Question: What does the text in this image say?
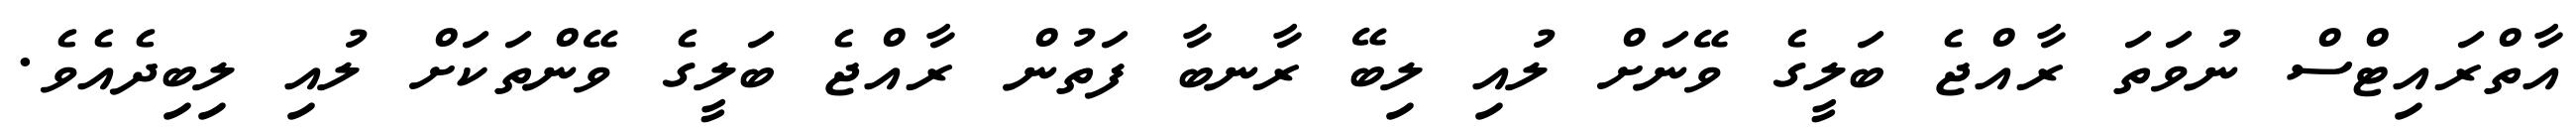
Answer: އާތްރައިޓްސް ނުވަތަ ރާއްޖެ ބަލީގެ ވޭނަށް ލުއި ލިބޭ ރާނބާ ފަތުން ރާއްޖެ ބަލީގެ ވޭންތަކަށް ލުއި ލިބިދެއެވެ.